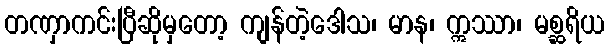
တဏှာကင်းပြီဆိုမှတော့ ကျန်တဲ့ဒေါသ၊ မာန၊ ဣဿာ၊ မစ္ဆရိယ